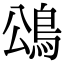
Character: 䲲